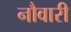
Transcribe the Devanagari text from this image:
नौवारी